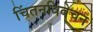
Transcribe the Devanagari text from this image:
चिंतनविवेचन